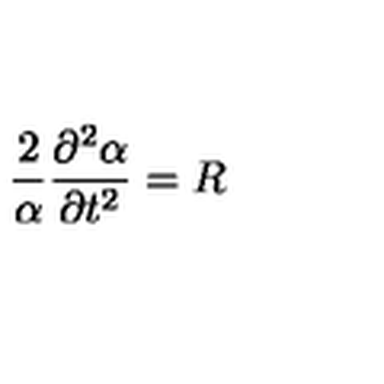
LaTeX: \frac { 2 } { \alpha } \frac { \partial ^ { 2 } \alpha } { \partial t ^ { 2 } } = R